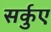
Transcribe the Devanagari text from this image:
सर्कुए